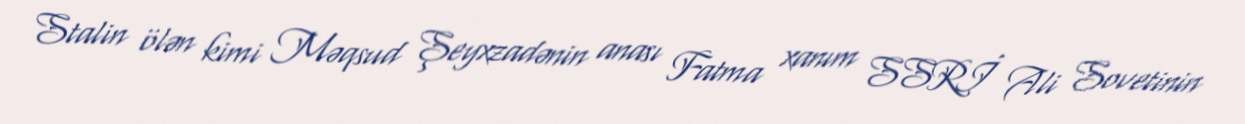
Stalin ölən kimi Məqsud Şeyxzadənin anası Fatma xanım SSRİ Ali Sovetinin